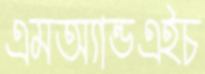
এমঅ্যান্ডএইচ